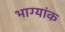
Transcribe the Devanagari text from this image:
भाग्यांक